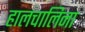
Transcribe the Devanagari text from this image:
हालचालिना